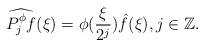
LaTeX: \begin{align*}\widehat{P_j^{\phi} f}(\xi) = \phi(\frac{\xi}{2^j}) \hat f(\xi), j \in \mathbb Z.\end{align*}